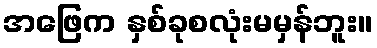
အဖြေက နှစ်ခုစလုံးမမှန်ဘူး။